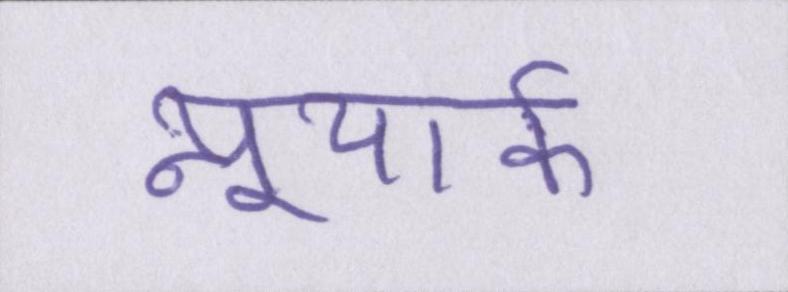
न्यूयार्क